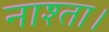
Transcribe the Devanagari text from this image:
नाश्ता।